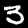
Label: 3